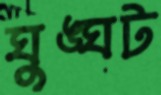
ঘুঙ্ঘট